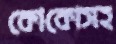
কোকোসহ